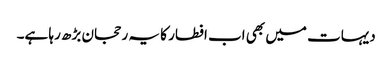
دیہات میں بھی اب افطار کا یہ رحجان بڑھ رہا ہے۔